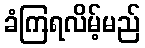
ခံကြရလိမ့်မည်